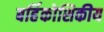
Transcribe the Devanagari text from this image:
बर्हिकोशिकीय